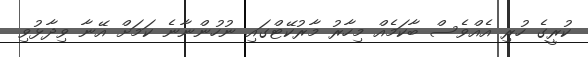
ކުރީގެ ހުރި އެއްވެސް ބާކަމެއް މިހާރު މާރުކޭޓްގައި ނުހުންނާނެ ކަަމަށް އޭނާ ވިދާޅުވި